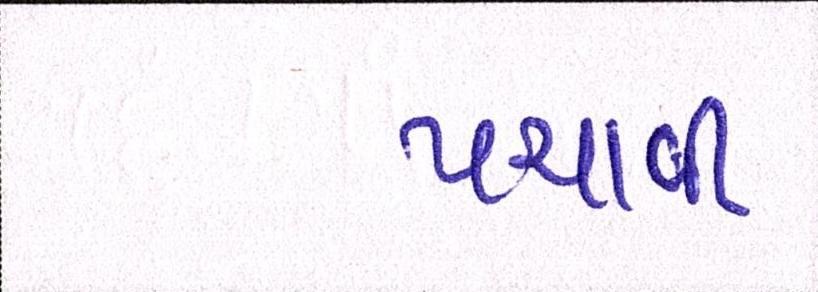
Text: પચાવી